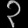
Digit: ၃